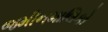
જમીનમાલિકો